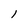
Character: l